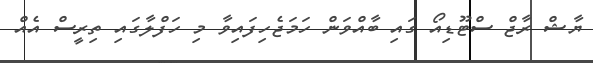
ޔާޝް ރާޖް ސްޓޫޑިއޯ ގައި ބާއްވަން ހަމަޖެހިފައިވާ މި ހަފްލާގައި ތިރީސް އެއް